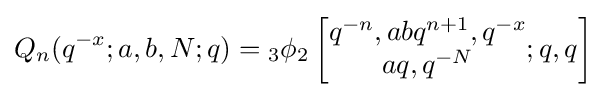
Q_{n}(q^{-x};a,b,N;q)={}_{3}\phi _{2}\left[{\begin{matrix}q^{-n},abq^{n+1},q^{-x}\\aq,q^{-N}\end{matrix}};q,q\right]